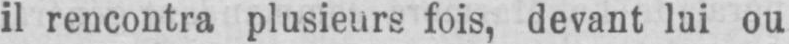
il rencontra plusieurs fois, devant lui ou